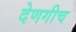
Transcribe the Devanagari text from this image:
देणगीच